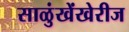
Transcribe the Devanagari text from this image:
साळुंखेंखेरीज